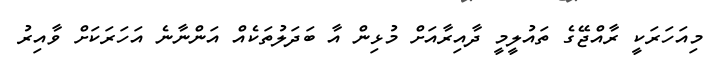
މިއަހަރަކީ ރާއްޖޭގެ ތައުލީމީ ދާއިރާއަށް މުޅިން އާ ބަދަލުތަކެއް އަންނާނެ އަހަރަކަށް ވާއިރު